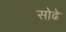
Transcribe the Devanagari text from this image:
सोढे